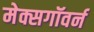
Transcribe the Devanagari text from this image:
मेक्सगॉवर्न